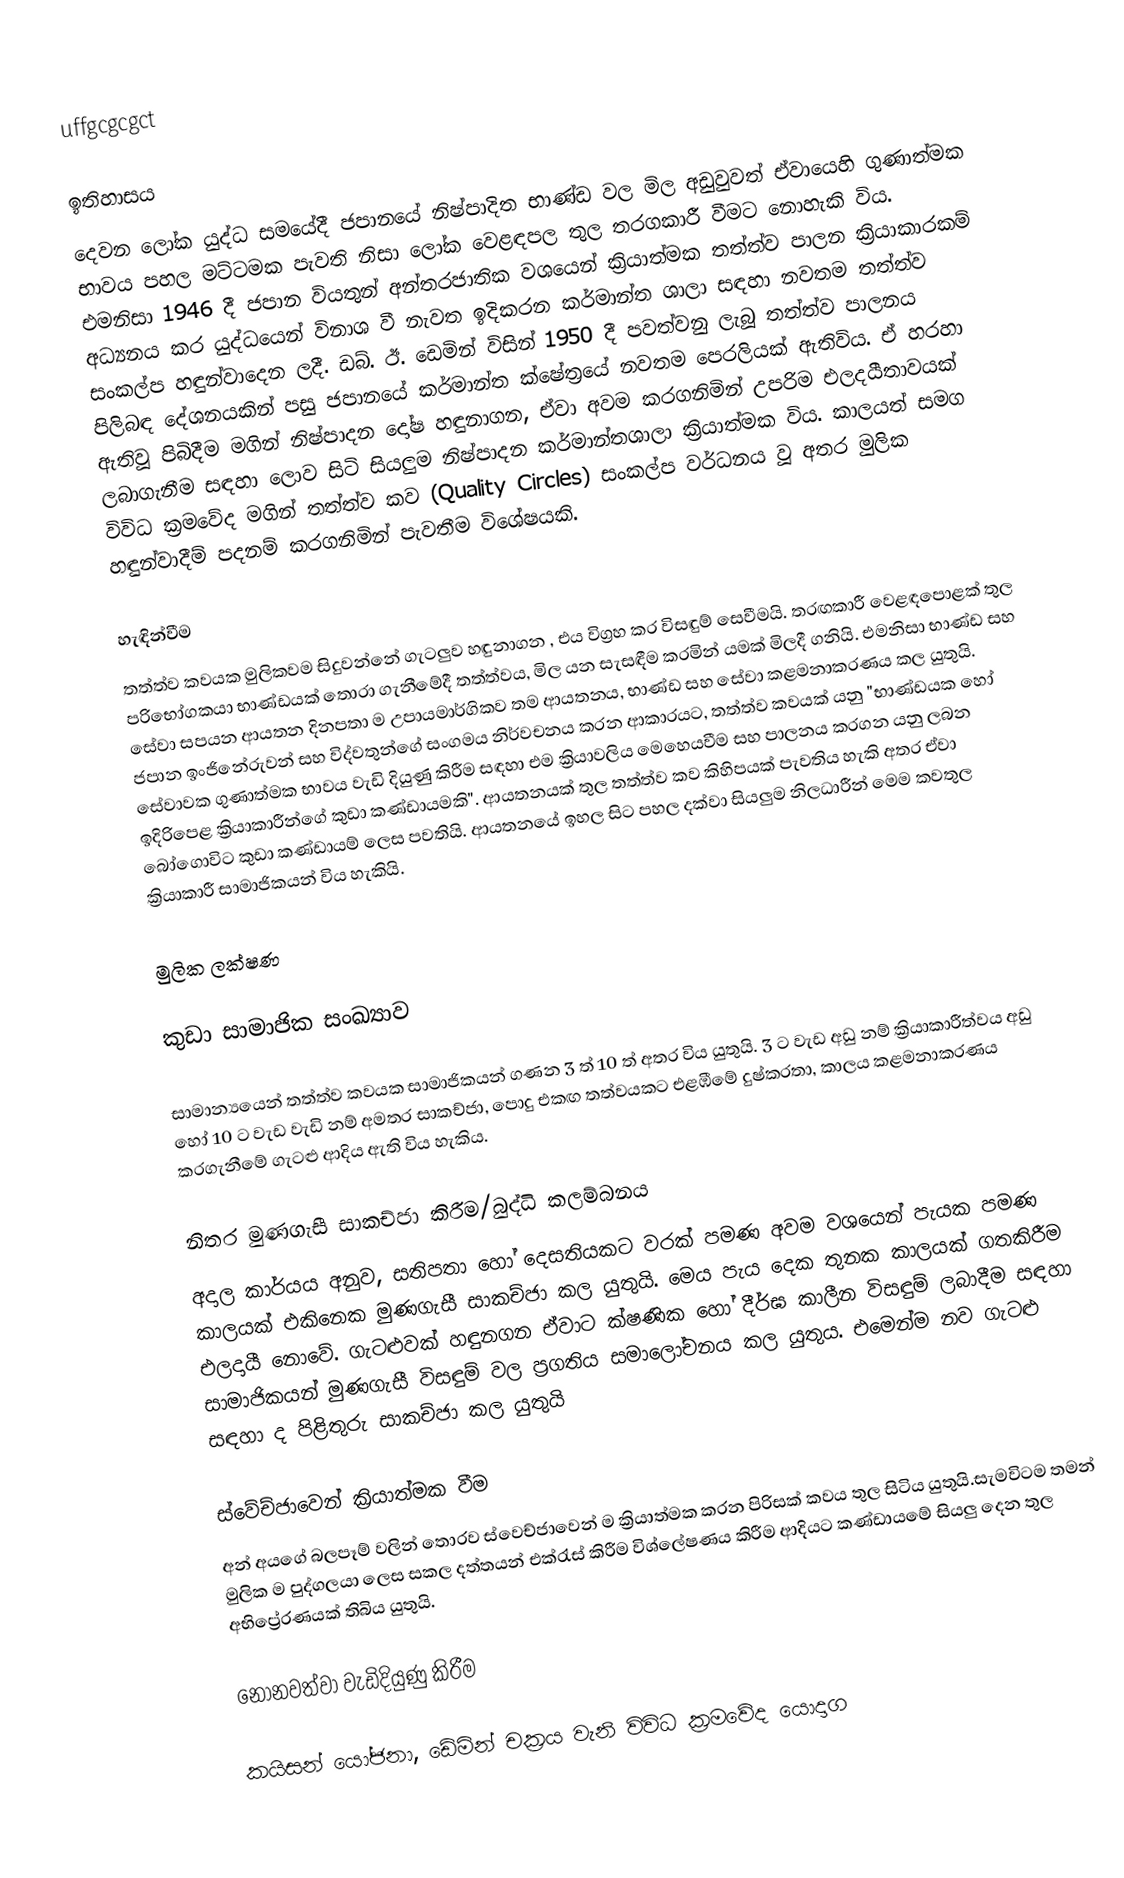
uffgcgcgct

ඉතිහාසය
දෙවන ලෝක යුද්ධ සමයේදී ජපානයේ නිෂ්පාදිත භාණ්ඩ වල මිල අඩුවුවත් ඒවායෙහි ගුණාත්මක භාවය පහල මට්ටමක පැවති නිසා ලෝක වෙළඳපල තුල තරගකාරී වීමට නොහැකි විය. එමනිසා 1946 දී ජපාන වියතුන්  අන්තරජාතික වශයෙන් ක්‍රියාත්මක තත්ත්ව පාලන ක්‍රියාකාරකම් අධ්‍යනය කර යුද්ධයෙන් විනාශ වී නැවත ඉදිකරන කර්මාන්ත ශාලා සඳහා  නවතම තත්ත්ව සංකල්ප හඳුන්වාදෙන ලදී. ඩබ්. ඊ. ඩෙමින් විසින් 1950 දී පවත්වනු ලැබූ තත්ත්ව පාලනය පිලිබඳ දේශනයකින් පසු ජපානයේ කර්මාන්ත ක්ෂේත්‍රයේ නවතම පෙරලියක් ඇතිවිය. ඒ හරහා ඇතිවූ පිබිදීම මගින් නිෂ්පාදන දෝෂ හඳුනාගන, ඒවා අවම කරගනිමින් උපරිම එලදයීතාවයක් ලබාගැනීම සඳහා ලොව සිටි සියලුම නිෂ්පාදන කර්මාන්තශාලා ක්‍රියාත්මක විය. කාලයත් සමග විවිධ ක්‍රමවේද මගින් තත්ත්ව කව (Quality Circles) සංකල්ප වර්ධනය වූ අතර මුලික හඳුන්වාදීම් පදනම් කරගනිමින් පැවතීම විශේෂයකි.

හැඳින්වීම
තත්ත්ව කවයක මුලිකවම සිදුවන්නේ ගැටලුව හඳුනාගන , එය විග්‍රහ කර විසඳුම් සෙවීමයි. තරඟකාරී වෙළඳපොළක් තුල පරිභෝගකයා භාණ්ඩයක් තොරා ගැනීමේදී තත්ත්වය, මිල යන සැසඳීම කරමින් යමක් මිලදී ගනියි. එමනිසා භාණ්ඩ සහ සේවා සපයන ආයතන දිනපතා ම උපායමාර්ගිකව තම ආයතනය, භාණ්ඩ සහ සේවා  කළමනාකරණය කල යුතුයි. ජපාන ඉංජිනේරුවන් සහ විද්වතුන්ගේ සංගමය නිර්වචනය කරන ආකාරයට, තත්ත්ව කවයක් යනු "භාණ්ඩයක හෝ සේවාවක ගුණාත්මක භාවය වැඩි දියුණු කිරීම සඳහා එම ක්‍රියාවලිය මෙහෙයවීම සහ පාලනය කරගන යනු ලබන ඉදිරිපෙළ ක්‍රියාකාරීන්ගේ කුඩා කණ්ඩායමකි". ආයතනයක් තුල තත්ත්ව කව කිහිපයක් පැවතිය හැකි අතර ඒවා බෝගොවිට කුඩා කණ්ඩායම් ලෙස පවතියි. ආයතනයේ ඉහල සිට පහල දක්වා සියලුම නිලධාරීන් මෙම කවතුල ක්‍රියාකාරී සාමාජිකයන් විය හැකියි.

මුලික ලක්ෂණ

කුඩා සාමාජික සංඛ්‍යාව

සාමාන්‍යයෙන් තත්ත්ව කවයක සාමාජිකයන් ගණන 3 ත් 10 ත් අතර විය යුතුයි. 3 ට වැඩ අඩු නම් ක්‍රියාකාරීත්වය අඩු හෝ 10 ට වැඩ වැඩි නම් අමතර සාකච්ජා, පොදු එකඟ තත්වයකට එළඹීමේ දුෂ්කරතා, කාලය කළමනාකරණය කරගැනීමේ ගැටළු ආදිය ඇති විය හැකිය.

නිතර මුණගැසී සාකච්ජා කිරීම/බුද්ධි කලම්බනය
අදාල කාර්යය අනුව, සතිපතා හෝ දෙසතියකට වරක් පමණ අවම වශයෙන් පැයක පමණ කාලයක් එකිනෙක මුණගැසී සාකච්ජා කල යුතුයි.  මෙය පැය දෙක තුනක කාලයක් ගතකිරීම එලදායී නොවේ. ගැටළුවක් හඳුනගන ඒවාට ක්ෂණික හෝ දීර්ඝ කාලීන විසඳුම් ලබාදීම සඳහා සාමාජිකයන් මුණගැසී විසඳුම් වල ප්‍රගතිය සමාලෝචනය කල යුතුය. එමෙන්ම නව ගැටළු සඳහා ද පිළිතුරු සාකච්ජා කල යුතුයි

ස්වේච්ජාවෙන් ක්‍රියාත්මක වීම
අන් අයගේ බලපෑම් වලින් තොරව ස්වෙච්ජාවෙන් ම ක්‍රියාත්මක කරන පිරිසක් කවය තුල සිටිය යුතුයි.සැමවිටම තමන් මුලික ම පුද්ගලයා ලෙස සකල දත්තයන් එක්රැස් කිරීම විශ්ලේෂණය කිරීම ආදියට කණ්ඩායමේ සියලු දෙන තුල අභිප්‍රේරණයක් තිබිය යුතුයි.

නොනවත්වා වැඩිදියුණු කිරීම

කයිසන් යෝජනා, ඩේමින් චක්‍රය වැනි විවිධ ක්‍රමවේද යොදාග